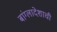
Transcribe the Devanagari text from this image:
बांग्लादेशाची